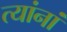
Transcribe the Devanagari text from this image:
त्‍यांनां